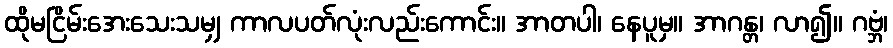
ထိုမငြိမ်းအေးသေးသမျှ ကာလပတ်လုံးလည်းကောင်း။ အာတပါ၊ နေပူမှ။ အာဂန္တ၊ လာ၍။ ဂဗ္ဘံ၊